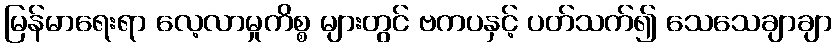
မြန်မာရေးရာ လေ့လာမှုကိစ္စ များတွင် ဗကပနှင့် ပတ်သက်၍ သေသေချာချာ